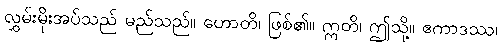
လွှမ်းမိုးအပ်သည် မည်သည်။ ဟောတိ၊ ဖြစ်၏။ ဣတိ၊ ဤသို့။ ဧကာဒဿ၊